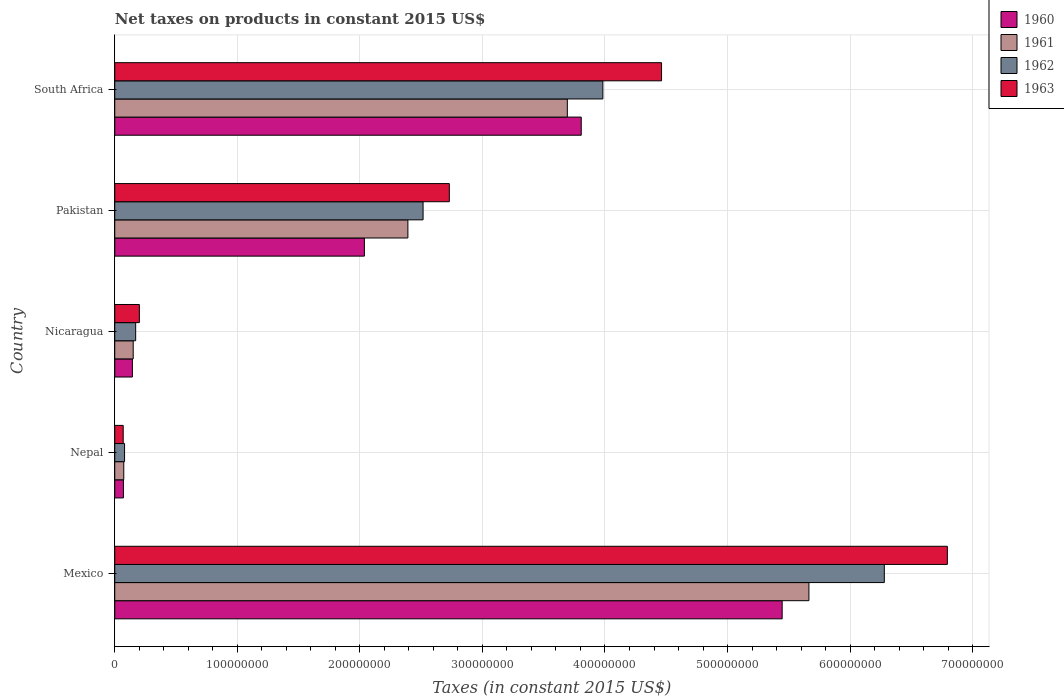
| Country | 1960 | 1961 | 1962 | 1963 |
 | --- | --- | --- | --- | --- |
 | Mexico | 5.45e+08 | 5.66e+08 | 6.28e+08 | 6.79e+08 |
 | Nepal | 7.09e+06 | 7.35e+06 | 8.01e+06 | 6.89e+06 |
 | Nicaragua | 1.44e+07 | 1.51e+07 | 1.71e+07 | 2.01e+07 |
 | Pakistan | 2.04e+08 | 2.39e+08 | 2.52e+08 | 2.73e+08 |
 | South Africa | 3.81e+08 | 3.69e+08 | 3.98e+08 | 4.46e+08 |